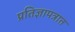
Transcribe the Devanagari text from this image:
प्रतिज्ञापत्रात